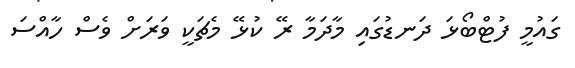
ގައުމީ ފުޓްބޯޅަ ދަނޑުގައި މާދަމާ ރޭ ކުޅޭ މެޗަކީ ވަރަށް ވެސް ހާއްސަ